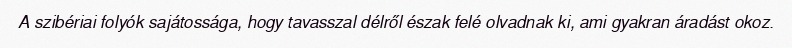
A szibériai folyók sajátossága, hogy tavasszal délről észak felé olvadnak ki, ami gyakran áradást okoz.